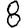
Digit: 8